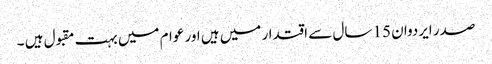
صدر ایردوان 15 سال سے اقتدار میں ہیں اور عوام میں بہت مقبول ہیں ۔